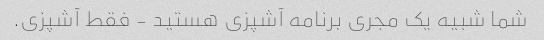
شما شبیه یک مجری برنامه آشپزی هستید - فقط آشپزی.